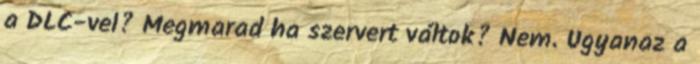
a DLC-vel? Megmarad ha szervert váltok? Nem. Ugyanaz a